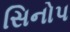
સિનોપ